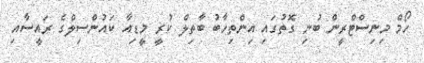
ހޯމް މިނިސްޓްރީން ބުނި ގޮތުގައި އިންތިހާބު ބާތިލް ކުރީ މީޑިއާ ކައުންސިލްގެ ރައީސާއި